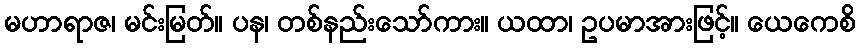
မဟာရာဇ၊ မင်းမြတ်။ ပန၊ တစ်နည်းသော်ကား။ ယထာ၊ ဥပမာအားဖြင့်။ ယေကေစိ